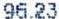
96.23